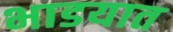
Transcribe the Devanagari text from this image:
भाडयात